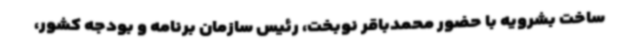
ساخت بشرویه با حضور محمدباقر نوبخت، رئیس سازمان برنامه و بودجه کشور،